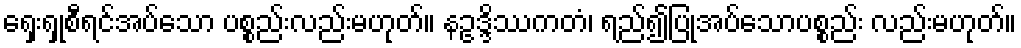
ရှေးရှုစီရင်အပ်သော ပစ္စည်းလည်းမဟုတ်။ နဥဒ္ဒိဿကတံ၊ ရည်၍ပြုအပ်သောပစ္စည်း လည်းမဟုတ်။